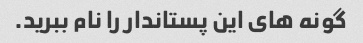
گونه های این پستاندار را نام ببرید.